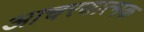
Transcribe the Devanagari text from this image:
आचरणात्मक